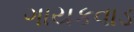
ગાયકવાડ